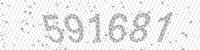
Solution: 591681